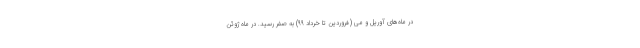
در ماه‌های آوریل و می (فروردین تا خرداد ۹۹) به صفر رسید. در ماه ژوئن